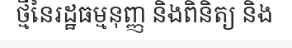
ថ្មីនៃរដ្ឋធម្មនុញ្ញ និងពិនិត្យ និង